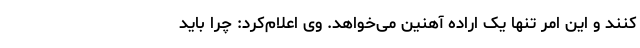
کنند و این امر تنها یک اراده آهنین می‌خواهد. وی اعلام‌کرد: چرا باید